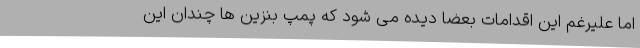
اما علیرغم این اقدامات بعضا دیده می شود که پمپ بنزین ها چندان این